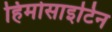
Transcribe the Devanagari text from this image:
हिमोसाइटिन